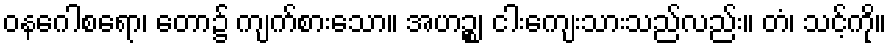
ဝနဂေါစရော၊ တော၌ ကျက်စားသော။ အဟဉ္စ၊ ငါးကျေးသားသည်လည်း။ တံ၊ သင့်ကို။